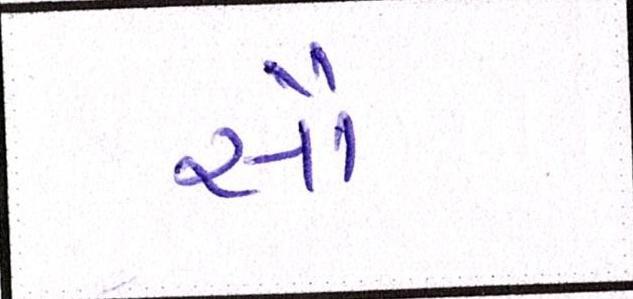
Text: સૌ